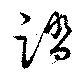
踏